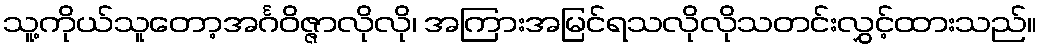
သူ့ကိုယ်သူတော့အင်္ဂဝိဇ္ဇာလိုလို၊ အကြားအမြင်ရသလိုလိုသတင်းလွှင့်ထားသည်။